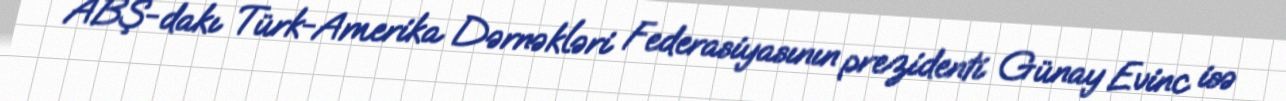
ABŞ-dakı Türk-Amerika Dərnəkləri Federasiyasının prezidenti Günay Evinc isə